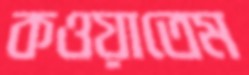
কওয়াতেম